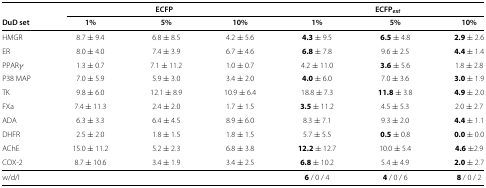
<table><thead><tr><td><b> </b></td><td colspan="3"><b>ECFP</b></td><td colspan="3"><b>ECFP<sub><i>ext</i></sub></b></td></tr><tr><td><b>DuD set</b></td><td><b>1%</b></td><td><b>5%</b></td><td><b>10%</b></td><td><b>1%</b></td><td><b>5%</b></td><td><b>10%</b></td></tr></thead><tbody><tr><td>HMGR</td><td>8.7 ± 9.4</td><td>6.8 ± 8.5</td><td>4.2 ± 5.6</td><td><b>4.3</b> ± 9.5</td><td><b>6.5</b> ± 4.8</td><td><b>2.9</b> ± 2.6</td></tr><tr><td>ER</td><td>8.0 ± 4.0</td><td>7.4 ± 3.9</td><td>6.7 ± 4.6</td><td><b>6.8</b> ± 7.8</td><td>9.6 ± 2.5</td><td><b>4.4</b> ± 1.4</td></tr><tr><td>PPAR <i>γ</i></td><td>1.3 ± 0.7</td><td>7.1 ± 11.2</td><td>1.0 ± 0.7</td><td>4.2 ± 11.0</td><td><b>3.6</b> ± 5.6</td><td>1.8 ± 2.8</td></tr><tr><td>P38 MAP</td><td>7.0 ± 5.9</td><td>5.9 ± 3.0</td><td>3.4 ± 2.0</td><td><b>4.0</b> ± 6.0</td><td>7.0 ± 3.6</td><td><b>3.0</b> ± 1.9</td></tr><tr><td>TK</td><td>9.8 ± 6.0</td><td>12.1 ± 8.9</td><td>10.9 ± 6.4</td><td>18.8 ± 7.3</td><td><b>11.8</b> ± 3.8</td><td><b>4.9</b> ± 2.0</td></tr><tr><td>FXa</td><td>7.4 ± 11.3</td><td>2.4 ± 2.0</td><td>1.7 ± 1.5</td><td><b>3.5</b> ± 11.2</td><td>4.5 ± 5.3</td><td>2.0 ± 2.7</td></tr><tr><td>ADA</td><td>6.3 ± 3.3</td><td>6.4 ± 4.5</td><td>8.9 ± 6.0</td><td>8.3 ± 7.1</td><td>9.3 ± 2.0</td><td><b>4.4</b> ± 1.1</td></tr><tr><td>DHFR</td><td>2.5 ± 2.0</td><td>1.8 ± 1.5</td><td>1.8 ± 1.5</td><td>5.7 ± 5.5</td><td><b>0.5</b> ± 0.8</td><td><b>0.0</b> ± 0.0</td></tr><tr><td>AChE</td><td>15.0 ± 11.2</td><td>5.2 ± 2.3</td><td>6.8 ± 3.8</td><td><b>12.2</b> ± 12.7</td><td>10.0 ± 5.4</td><td><b>4.6</b> ±2.9</td></tr><tr><td>COX-2</td><td>8.7 ± 10.6</td><td>3.4 ± 1.9</td><td>3.4 ± 2.5</td><td><b>6.8</b> ± 10.2</td><td>5.4 ± 4.9</td><td><b>2.0</b> ± 2.7</td></tr><tr><td>w/d/l</td><td colspan="3"> </td><td><b>6</b> / 0 / 4</td><td><b>4</b> / 0 / 6</td><td><b>8</b> / 0 / 2</td></tr></tbody></table>